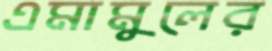
এমামুলের